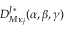
D _ { M \kappa _ { j } } ^ { J * } ( \alpha , \beta , \gamma )